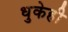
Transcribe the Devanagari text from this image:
धुकेही